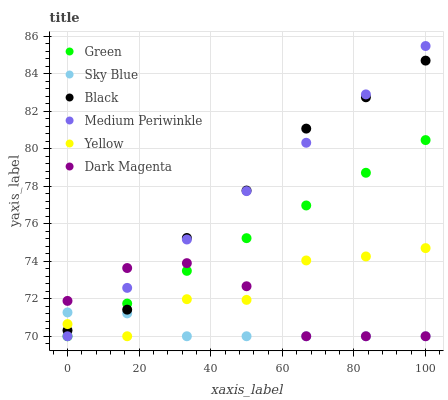
| xaxis_label | Green | Sky Blue | Black | Medium Periwinkle | Yellow | Dark Magenta |
 | --- | --- | --- | --- | --- | --- | --- |
 | 0 | 70 | 71.3 | 70.3 | 70 | 70.6 | 71.9 |
 | 16.7 | 71.7 | 71.2 | 71.4 | 72.6 | 70 | 73.6 |
 | 33.3 | 73.5 | 70 | 75.2 | 75.2 | 72 | 73.9 |
 | 50 | 75.2 | 70 | 77.8 | 77.7 | 71.9 | 72.7 |
 | 66.7 | 77 | 70 | 81.1 | 80.3 | 74 | 70 |
 | 83.3 | 78.7 | 70 | 82.7 | 82.9 | 74.3 | 70 |
 | 100 | 80.5 | 70 | 84.7 | 85.5 | 74.7 | 70 |